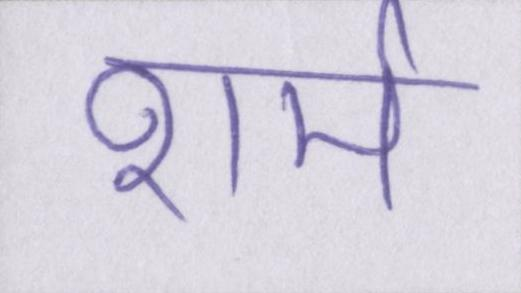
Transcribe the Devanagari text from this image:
शर्म